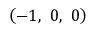
\left( - 1 , \ 0 , \ 0 \right)